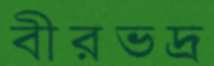
বীরভদ্র